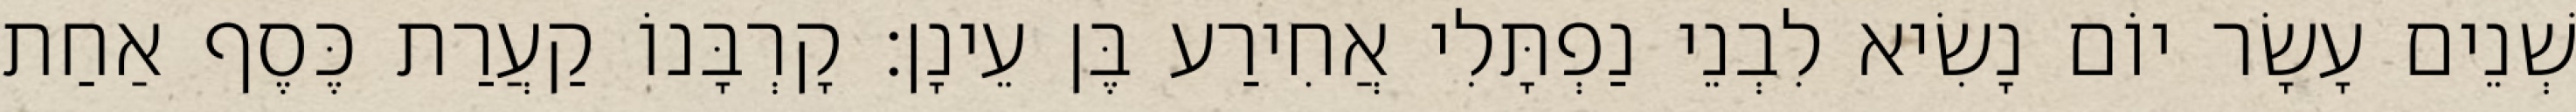
שְׁנֵים עָשָׂר יוֹם נָשִׂיא לִבְנֵי נַפְתָּלִי אֲחִירַע בֶּן עֵינָן׃ קָרְבָּנוֹ קַעֲרַת כֶּסֶף אַחַת